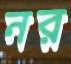
নর